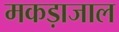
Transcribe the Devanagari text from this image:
मकड़ाजाल